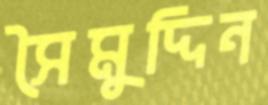
সৈমুদ্দিন